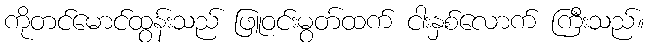
ကိုတင်မောင်ထွန်းသည် ဖြူဝင်းမွတ်ထက် ငါးနှစ်လောက် ကြီးသည်။